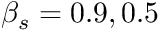
\beta _ { s } = 0 . 9 , 0 . 5